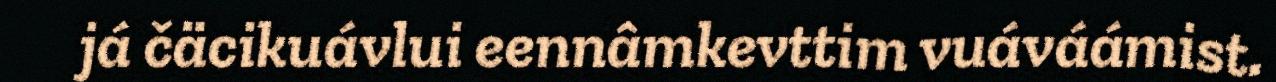
já čäcikuávlui eennâmkevttim vuáváámist.